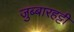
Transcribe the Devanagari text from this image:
जुब्‍बारहट्टी